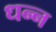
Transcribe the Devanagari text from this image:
धन्न